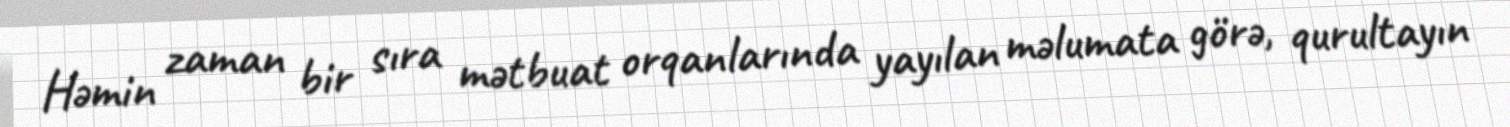
Həmin zaman bir sıra mətbuat orqanlarında yayılan məlumata görə, qurultayın